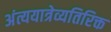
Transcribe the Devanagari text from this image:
अंत्ययात्रेव्यतिरिक्त